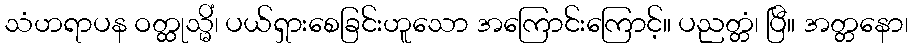
သံဟရာပန ဝတ္ထုသ္မိံ၊ ပယ်ရှားစေခြင်းဟူသော အကြောင်းကြောင့်။ ပညတ္တံ၊ ပြီ။ အတ္တနော၊